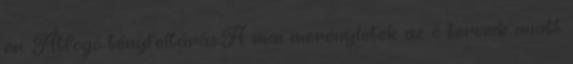
er. Átfogó tényfeltárás:A mai merényletek az ő terveik miatt